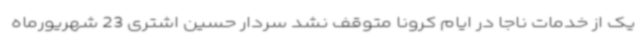
یک از خدمات ناجا در ایام کرونا متوقف نشد سردار حسین اشتری 23 شهریورماه